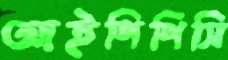
আইপিপিসি